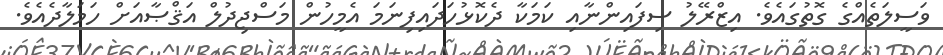
ވަސީލަތެއްގެ ގޮތުގައެވެ. އިޒްރޭލު ސިފައިންނާއި ކަމަކާ ދެކޮޅުހަދައިފިނަމަ އެމީހުން މަސްޖިދުލް އަޤްޞާއަށް ހަމަލާދެއެވެ.